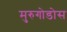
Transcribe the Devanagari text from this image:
मुरुगोडोस